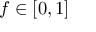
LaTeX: f \in [ 0 , 1 ]